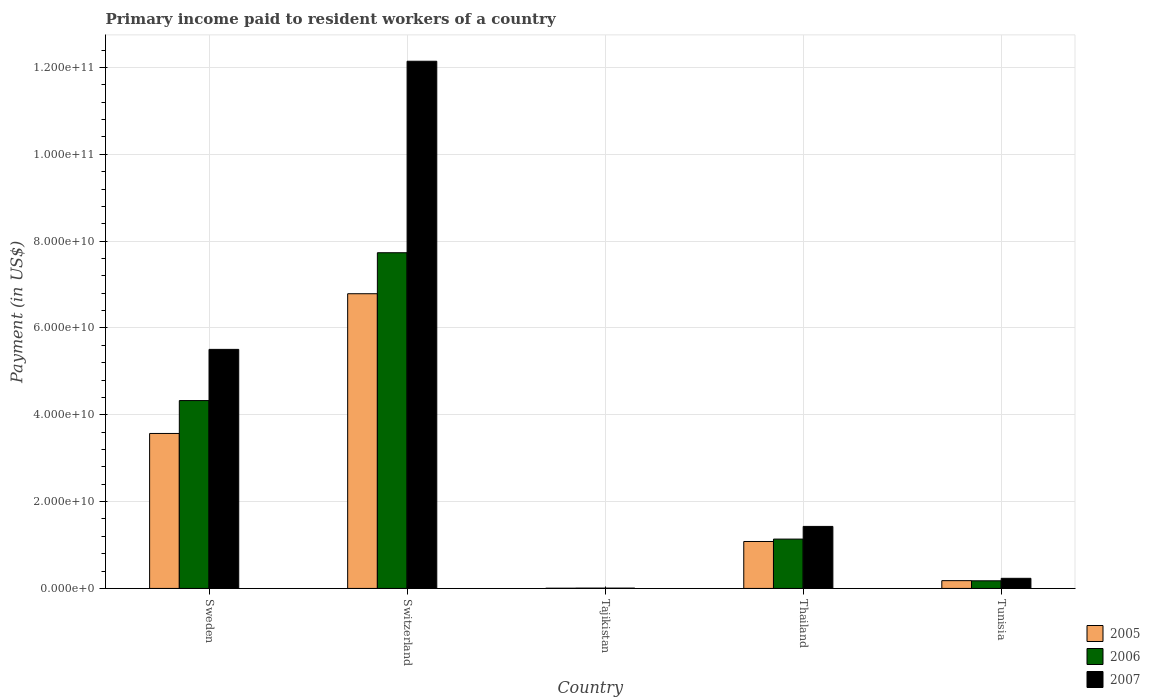
| Country | 2005 | 2006 | 2007 |
 | --- | --- | --- | --- |
 | Sweden | 3.57e+10 | 4.33e+10 | 5.51e+10 |
 | Switzerland | 6.79e+10 | 7.73e+10 | 1.21e+11 |
 | Tajikistan | 5.04e+07 | 7.64e+07 | 7.32e+07 |
 | Thailand | 1.08e+10 | 1.14e+10 | 1.43e+10 |
 | Tunisia | 1.79e+09 | 1.76e+09 | 2.33e+09 |